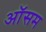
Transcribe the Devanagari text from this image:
ऑसम